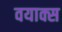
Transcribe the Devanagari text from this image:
वयाक्स